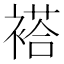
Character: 褡